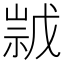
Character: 𱜁